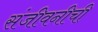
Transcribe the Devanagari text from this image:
संजीवनीची